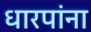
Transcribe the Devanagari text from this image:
धारपांना